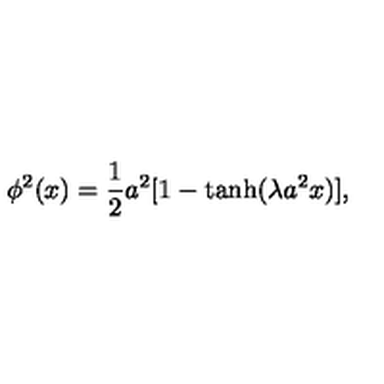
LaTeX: \phi ^ { 2 } ( x ) = \frac { 1 } { 2 } a ^ { 2 } [ 1 - \tanh ( \lambda a ^ { 2 } x ) ] ,